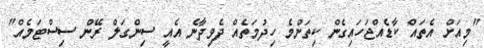
"މިއަށް އެތައް ކާޑެއްޖަހައިގެން ކިތަންމެ ހިދުމަތެއް ދެވިދާނެ އެއީ ސިންގަލް ރޭން ސިސްޓަމެއް"